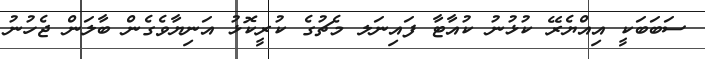
ސަބަބަކީ އިއްޔެރޭ ކުޅުނު ކުއާޓާ ފައިނަލ މެޗުގެ ކުރީކޮޅު އަނިޔާވެގެން ބާލަން ޖެހުނު